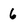
Character: 6